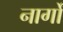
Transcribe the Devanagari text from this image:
नार्गों